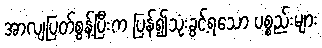
အာလျပြတ်စွန့်ပြီးက ပြန်၍သုံးခွင့်ရသော ပစ္စည်းများ